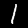
Label: 1